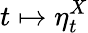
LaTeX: t\mapsto\eta_{t}^{X}